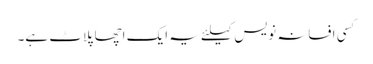
کسی افسانہ نویس کیلئے یہ ایک اچھا پلاٹ ہے۔